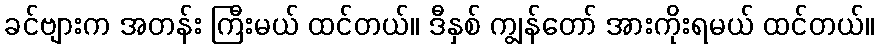
ခင်ဗျားက အတန်း ကြီးမယ် ထင်တယ်။ ဒီနှစ် ကျွန်တော် အားကိုးရမယ် ထင်တယ်။